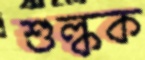
শুল্কক